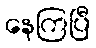
နေကြပြီ